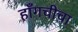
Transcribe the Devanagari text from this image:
हाँगचीचा